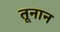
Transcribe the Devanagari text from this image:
तूनान